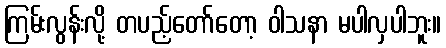
ကြမ်းလွန်းလို့ တပည့်တော်တော့ ဝါသနာ မပါလှပါဘူး။